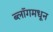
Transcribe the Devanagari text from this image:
ब्लॉगमधून